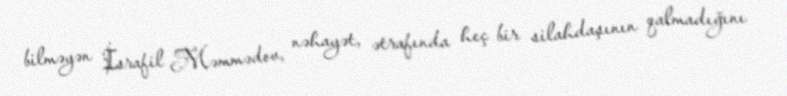
bilməyən İsrafil Məmmədov, nəhayət, ətrafında heç bir silahdaşının qalmadığını